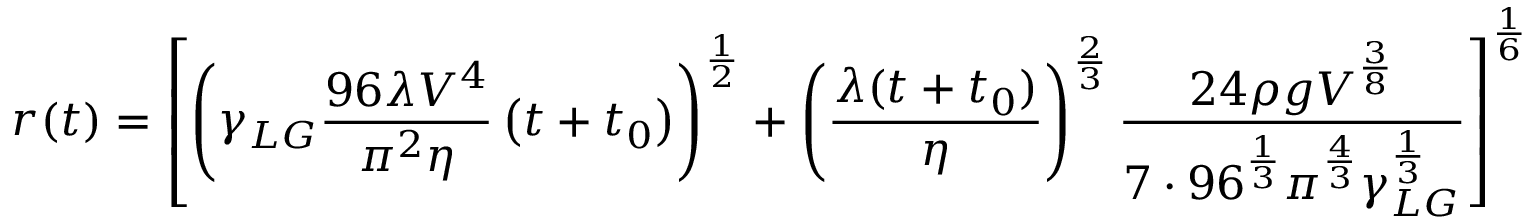
r ( t ) = \left[ \left( \gamma _ { L G } { \frac { 9 6 \lambda V ^ { 4 } } { \pi ^ { 2 } \eta } } \left( t + t _ { 0 } \right) \right) ^ { \frac { 1 } { 2 } } + \left( { \frac { \lambda ( t + t _ { 0 } ) } { \eta } } \right) ^ { \frac { 2 } { 3 } } { \frac { 2 4 \rho g V ^ { \frac { 3 } { 8 } } } { 7 \cdot 9 6 ^ { \frac { 1 } { 3 } } \pi ^ { \frac { 4 } { 3 } } \gamma _ { L G } ^ { \frac { 1 } { 3 } } } } \right] ^ { \frac { 1 } { 6 } }